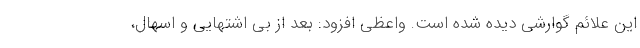
این علائم گوارشی دیده شده است. واعظی افزود: بعد از بی اشتهایی و اسهال،